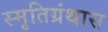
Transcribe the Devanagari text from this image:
स्मृतिग्रंथास